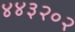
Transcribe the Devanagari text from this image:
४४३२०२